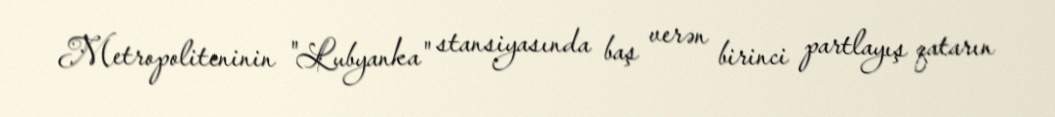
Metropoliteninin "Lubyanka" stansiyasında baş verən birinci partlayış qatarın